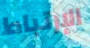
الإرتباط